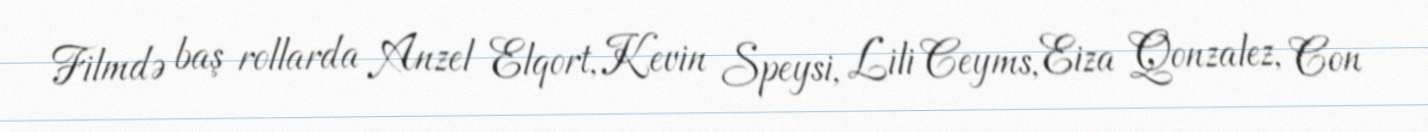
Filmdə baş rollarda Anzel Elqort, Kevin Speysi, Lili Ceyms, Eiza Qonzalez, Con